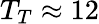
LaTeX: T_{T}\approx 12